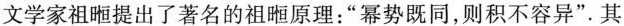
文学家祖距提出了著名的祖眶原理：”幂势既同，则积不容异”.其